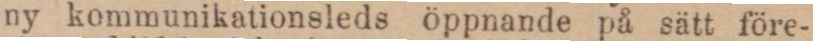
ny kommunikationsleds öppnande på sätt före-